Reports on dispensaries and lunatic asylums in the Province of Oudh - 1869-1876
Year: 1869
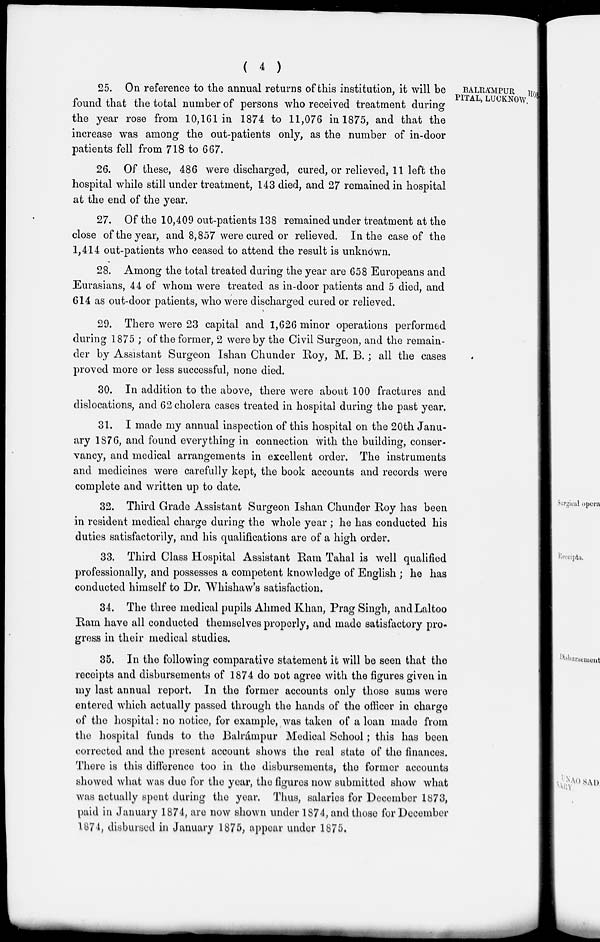
( 4 )
BALRÁMPUR HOS-
PITAL, LUCKNOW.
25. On reference to the annual returns of this institution, it will be
found that the total number of persons who received treatment during
the year rose from 10,161 in 1874 to 11,076 in 1875, and that the
increase was among the out-patients only, as the number of in-door
patients fell from 718 to 667.
26. Of these, 486 were discharged, cured, or relieved, 11 left the
hospital while still under treatment, 143 died, and 27 remained in hospital
at the end of the year.
27. Of the 10,409 out-patients 138 remained under treatment at the
close of the year, and 8,857 were cured or relieved. In the case of the
1,414 out-patients who ceased to attend the result is unknown.
28. Among the total treated during the year are 658 Europeans and
Eurasians, 44 of whom were treated as in-door patients and 5 died, and
614 as out-door patients, who were discharged cured or relieved.
29. There were 23 capital and 1,626 minor operations performed
during 1875 ; of the former, 2 were by the Civil Surgeon, and the remain-
der by Assistant Surgeon Ishan Chunder Roy, M. B.; all the cases
proved more or less successful, none died.
30. In addition to the above, there were about 100 fractures and
dislocations, and 62 cholera cases treated in hospital during the past year.
31. I made my annual inspection of this hospital on the 20th Janu-
ary 1876, and found everything in connection with the building, conser-
vancy, and medical arrangements in excellent order. The instruments
and medicines were carefully kept, the book accounts and records were
complete and written up to date.
32. Third Grade Assistant Surgeon Ishan Chunder Roy has been
in resident medical charge during the whole year ; he has conducted his
duties satisfactorily, and his qualifications are of a high order.
33. Third Class Hospital Assistant Ram Tahal is well qualified
professionally, and possesses a competent knowledge of English ; he has
conducted himself to Dr. Whishaw's satisfaction.
34. The three medical pupils Ahmed Khan, Prag Singh, and Laltoo
Ram have all conducted themselves properly, and made satisfactory pro-
gress in their medical studies.
35. In the following comparative statement it will be seen that the
receipts and disbursements of 1874 do not agree with the figures given in
my last annual report. In the former accounts only those sums were
entered which actually passed through the hands of the officer in charge
of the hospital: no notice, for example, was taken of a loan made from
the hospital funds to the Balrámpur Medical School; this has been
corrected and the present account shows the real state of the finances.
There is this difference too in the disbursements, the former accounts
showed what was due for the year, the figures now submitted show what
was actually spent during the year. Thus, salaries for December 1873,
paid in January 1874, are now shown under 1874, and those for December
1874, disbursed in January 1875, appear under 1875.